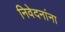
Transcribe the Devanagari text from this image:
निवेदनांना